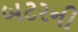
બટરની